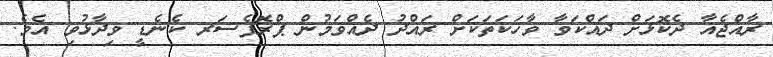
ރާއްޖެއާ ދެކޮޅަށް ދައްކަވާ ވާހަކަތަކަށް ރައްދު ދެއްވަމުން ޕްރޮފެސަރ ކެނެޑީ ވިދާޅުވި އެވެ.